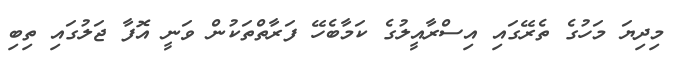
މިދިޔަ މަހުގެ ތެރޭގައި އިސްރާއީލުގެ ކަމާބެހޭ ފަރާތްތަކުން ވަނީ އޮފާ ޖަލުގައި ތިބި